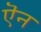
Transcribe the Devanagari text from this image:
ऎन